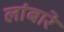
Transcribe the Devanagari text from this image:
लांबारे